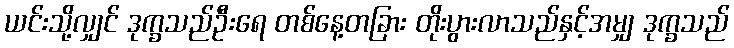
ယင်းသို့လျှင် ဒုက္ခသည်ဦးရေ တစ်နေ့တခြား တိုးပွားလာသည်နှင့်အမျှ ဒုက္ခသည်